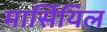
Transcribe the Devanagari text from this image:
मार्सियिल